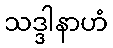
သဒ္ဒါနာဟံ